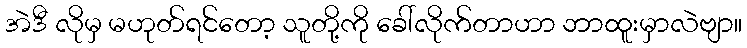
အဲဒီ လိုမှ မဟုတ်ရင်တော့ သူတို့ကို ခေါ်လိုက်တာဟာ ဘာထူးမှာလဲဗျာ။